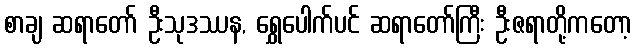
စာချ ဆရာတော် ဦးသုဒဿန, ရွှေပေါက်ပင် ဆရာတော်ကြီး ဦးဇရာတို့ကတော့